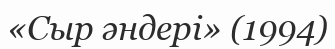
«Сыр әндері» (1994)